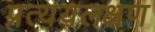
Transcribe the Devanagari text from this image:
प्रत्ययलक्षण